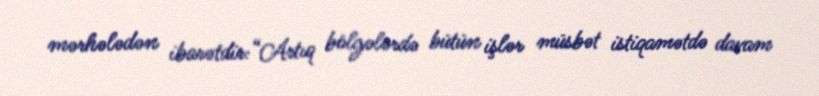
mərhələdən ibarətdir:“Artıq bölgələrdə bütün işlər müsbət istiqamətdə davam